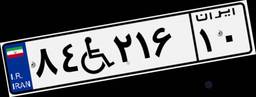
۳۱W۸۰۰۲۵